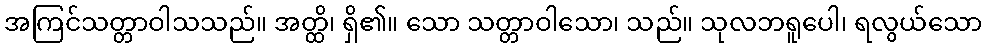
အကြင်သတ္တာဝါသသည်။ အတ္ထိ၊ ရှိ၏။ သော သတ္တာဝါသော၊ သည်။ သုလဘရူပေါ၊ ရလွယ်သော